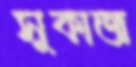
সুকাজ